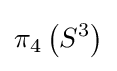
\pi _{4}\left(S^{3}\right)